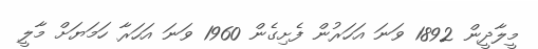
މީލާދީން 1892 ވަނަ އަހަރުން ފެށިގެން 1960 ވަނަ އަހަރާ ހަމަޔަށް މާލީ